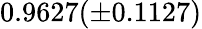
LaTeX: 0.9627(\pm 0.1127)